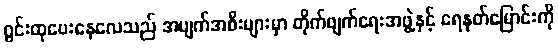
ဂွင်းထုပေးနေလေသည် အပျက်အစီးများမှာ တိုက်ဖျက်ရေးအဖွဲ့နှင့် ရေနုတ်မြောင်းကို